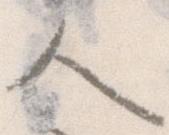
人